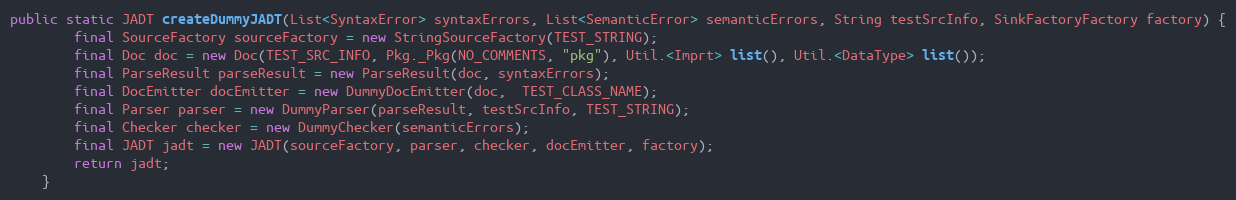
Language: Java
public static JADT createDummyJADT(List<SyntaxError> syntaxErrors, List<SemanticError> semanticErrors, String testSrcInfo, SinkFactoryFactory factory) {
        final SourceFactory sourceFactory = new StringSourceFactory(TEST_STRING);
        final Doc doc = new Doc(TEST_SRC_INFO, Pkg._Pkg(NO_COMMENTS, "pkg"), Util.<Imprt> list(), Util.<DataType> list());
        final ParseResult parseResult = new ParseResult(doc, syntaxErrors);
        final DocEmitter docEmitter = new DummyDocEmitter(doc,  TEST_CLASS_NAME);
        final Parser parser = new DummyParser(parseResult, testSrcInfo, TEST_STRING);
        final Checker checker = new DummyChecker(semanticErrors);
        final JADT jadt = new JADT(sourceFactory, parser, checker, docEmitter, factory);
        return jadt;
    }